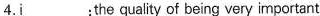
4.i___;the quality of being very important